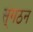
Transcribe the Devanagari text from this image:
स्ंगठन